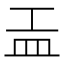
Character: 𥁁